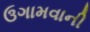
ઉગામવાની